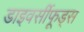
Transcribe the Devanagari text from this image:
डाइवर्सीफूड्स